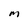
Character: m